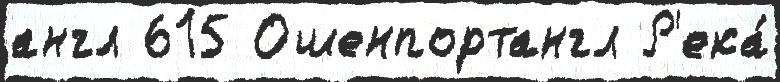
англ 615 Ошенпортангл Р'ека́